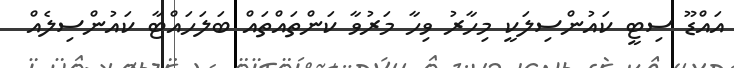
އައްޑޫ ސިޓީ ކައުންސިލަކީ މިހާރު ވިހާ މަރުވާ ކަންތައްތައް ބަލަހައްޓާ ކައުންސިލެއް